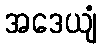
အဒေယျံ